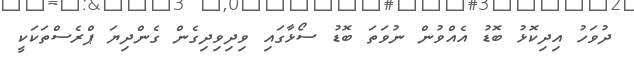
ދުވަހު އިދިކޮޅު ބޮޑު އެއްވުން ނުވަތަ ބޮޑު ސޯޅާގައި ވިދިވިދިގެން ގެންދިޔަ ޕްރެސްތަކަކީ